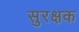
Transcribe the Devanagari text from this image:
सुरक्षक